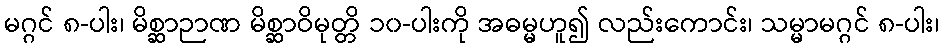
မဂ္ဂင် ၈-ပါး၊ မိစ္ဆာဉာဏ မိစ္ဆာဝိမုတ္တိ ၁၀-ပါးကို အဓမ္မဟူ၍ လည်းကောင်း၊ သမ္မာမဂ္ဂင် ၈-ပါး၊